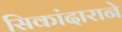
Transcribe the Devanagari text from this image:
सिकांदाराने